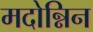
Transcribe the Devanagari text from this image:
मदोन्निन